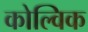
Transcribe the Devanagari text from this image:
कोल्विक